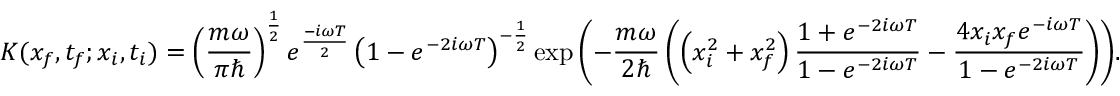
K ( x _ { f } , t _ { f } ; x _ { i } , t _ { i } ) = \left( { \frac { m \omega } { \pi \hbar } } \right) ^ { \frac { 1 } { 2 } } e ^ { \frac { - i \omega T } { 2 } } \left( 1 - e ^ { - 2 i \omega T } \right) ^ { - { \frac { 1 } { 2 } } } \exp { \left( - { \frac { m \omega } { 2 \hbar } } \left( \left( x _ { i } ^ { 2 } + x _ { f } ^ { 2 } \right) { \frac { 1 + e ^ { - 2 i \omega T } } { 1 - e ^ { - 2 i \omega T } } } - { \frac { 4 x _ { i } x _ { f } e ^ { - i \omega T } } { 1 - e ^ { - 2 i \omega T } } } \right) \right) } .